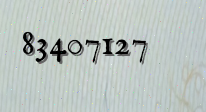
83407127